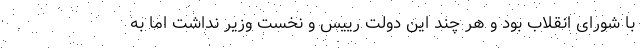
با شورای انقلاب بود و هر چند این دولت رییس و نخست وزیر نداشت اما به